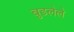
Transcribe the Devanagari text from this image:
बुडलेले